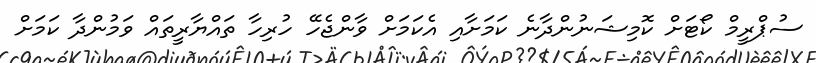
ސުޕްރީމް ކޯޓަށް ކޮމިޝަނުންދާނެ ކަމަށާއި އެކަމަށް ވާންޖެހޭ ހުރިހާ ތައްޔާރީތައް ވަމުންދާ ކަމަށް